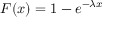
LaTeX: F ( x ) = 1 - e ^ { - \lambda x }